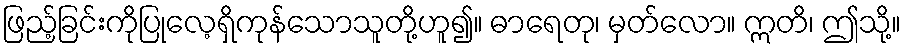
ဖြည့်ခြင်းကိုပြုလေ့ရှိကုန်သောသူတို့ဟူ၍။ ဓာရေတု၊ မှတ်လော။ ဣတိ၊ ဤသို့။